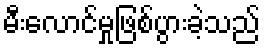
မီးလောင်မှုဖြစ်ပွားခဲ့သည်